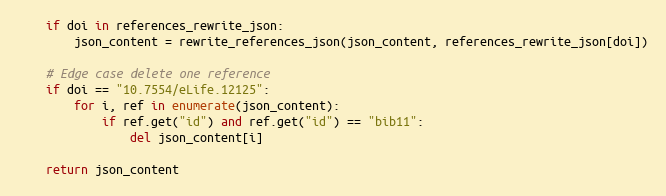
Language: Python
    if doi in references_rewrite_json:
        json_content = rewrite_references_json(json_content, references_rewrite_json[doi])

    # Edge case delete one reference
    if doi == "10.7554/eLife.12125":
        for i, ref in enumerate(json_content):
            if ref.get("id") and ref.get("id") == "bib11":
                del json_content[i]

    return json_content